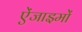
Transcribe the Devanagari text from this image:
ऐंजाइमों